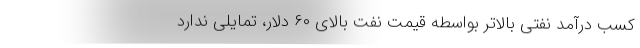
کسب درآمد نفتی بالاتر بواسطه قیمت نفت بالای ۶۰ دلار، تمایلی ندارد